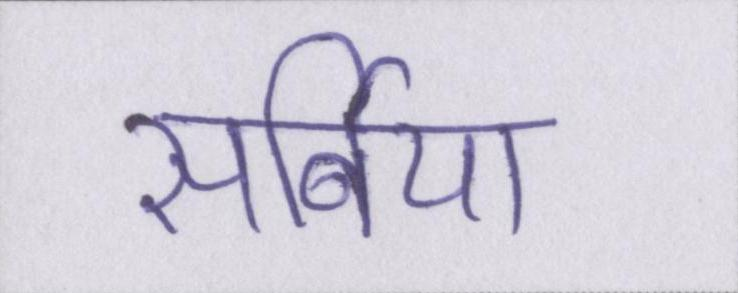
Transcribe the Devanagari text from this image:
सर्बिया